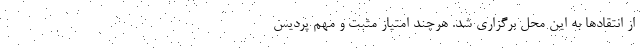
از انتقاد‌ها به این محل برگزاری شد. هرچند امتیاز مثبت و مهم پردیس